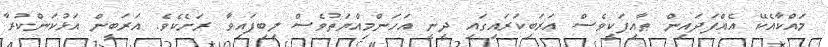
މައްކާއެކޭ އެއްފަދައިން ޠާއިފަކީވެސް ޢަރަބިކަރައިގައި ދީނީ އަހަންމިއްޔަތުވެސް ލިބިފައިވާ ރަށެކެވެ. އަރަބީން އަޅުކަންކުރާ